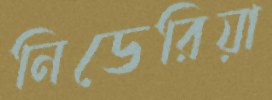
নিডেরিয়া